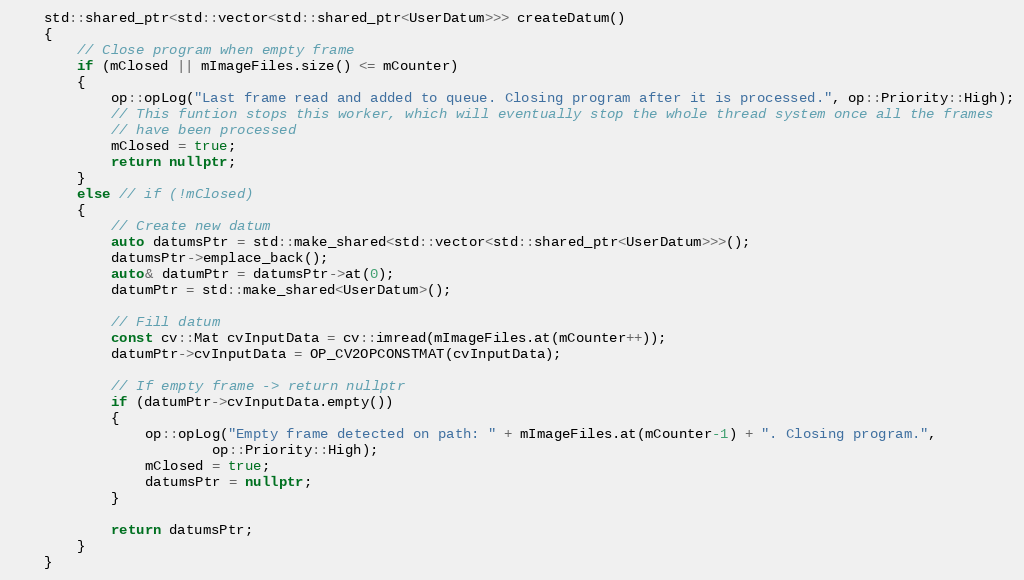
Language: C++
    std::shared_ptr<std::vector<std::shared_ptr<UserDatum>>> createDatum()
    {
        // Close program when empty frame
        if (mClosed || mImageFiles.size() <= mCounter)
        {
            op::opLog("Last frame read and added to queue. Closing program after it is processed.", op::Priority::High);
            // This funtion stops this worker, which will eventually stop the whole thread system once all the frames
            // have been processed
            mClosed = true;
            return nullptr;
        }
        else // if (!mClosed)
        {
            // Create new datum
            auto datumsPtr = std::make_shared<std::vector<std::shared_ptr<UserDatum>>>();
            datumsPtr->emplace_back();
            auto& datumPtr = datumsPtr->at(0);
            datumPtr = std::make_shared<UserDatum>();

            // Fill datum
            const cv::Mat cvInputData = cv::imread(mImageFiles.at(mCounter++));
            datumPtr->cvInputData = OP_CV2OPCONSTMAT(cvInputData);

            // If empty frame -> return nullptr
            if (datumPtr->cvInputData.empty())
            {
                op::opLog("Empty frame detected on path: " + mImageFiles.at(mCounter-1) + ". Closing program.",
                        op::Priority::High);
                mClosed = true;
                datumsPtr = nullptr;
            }

            return datumsPtr;
        }
    }